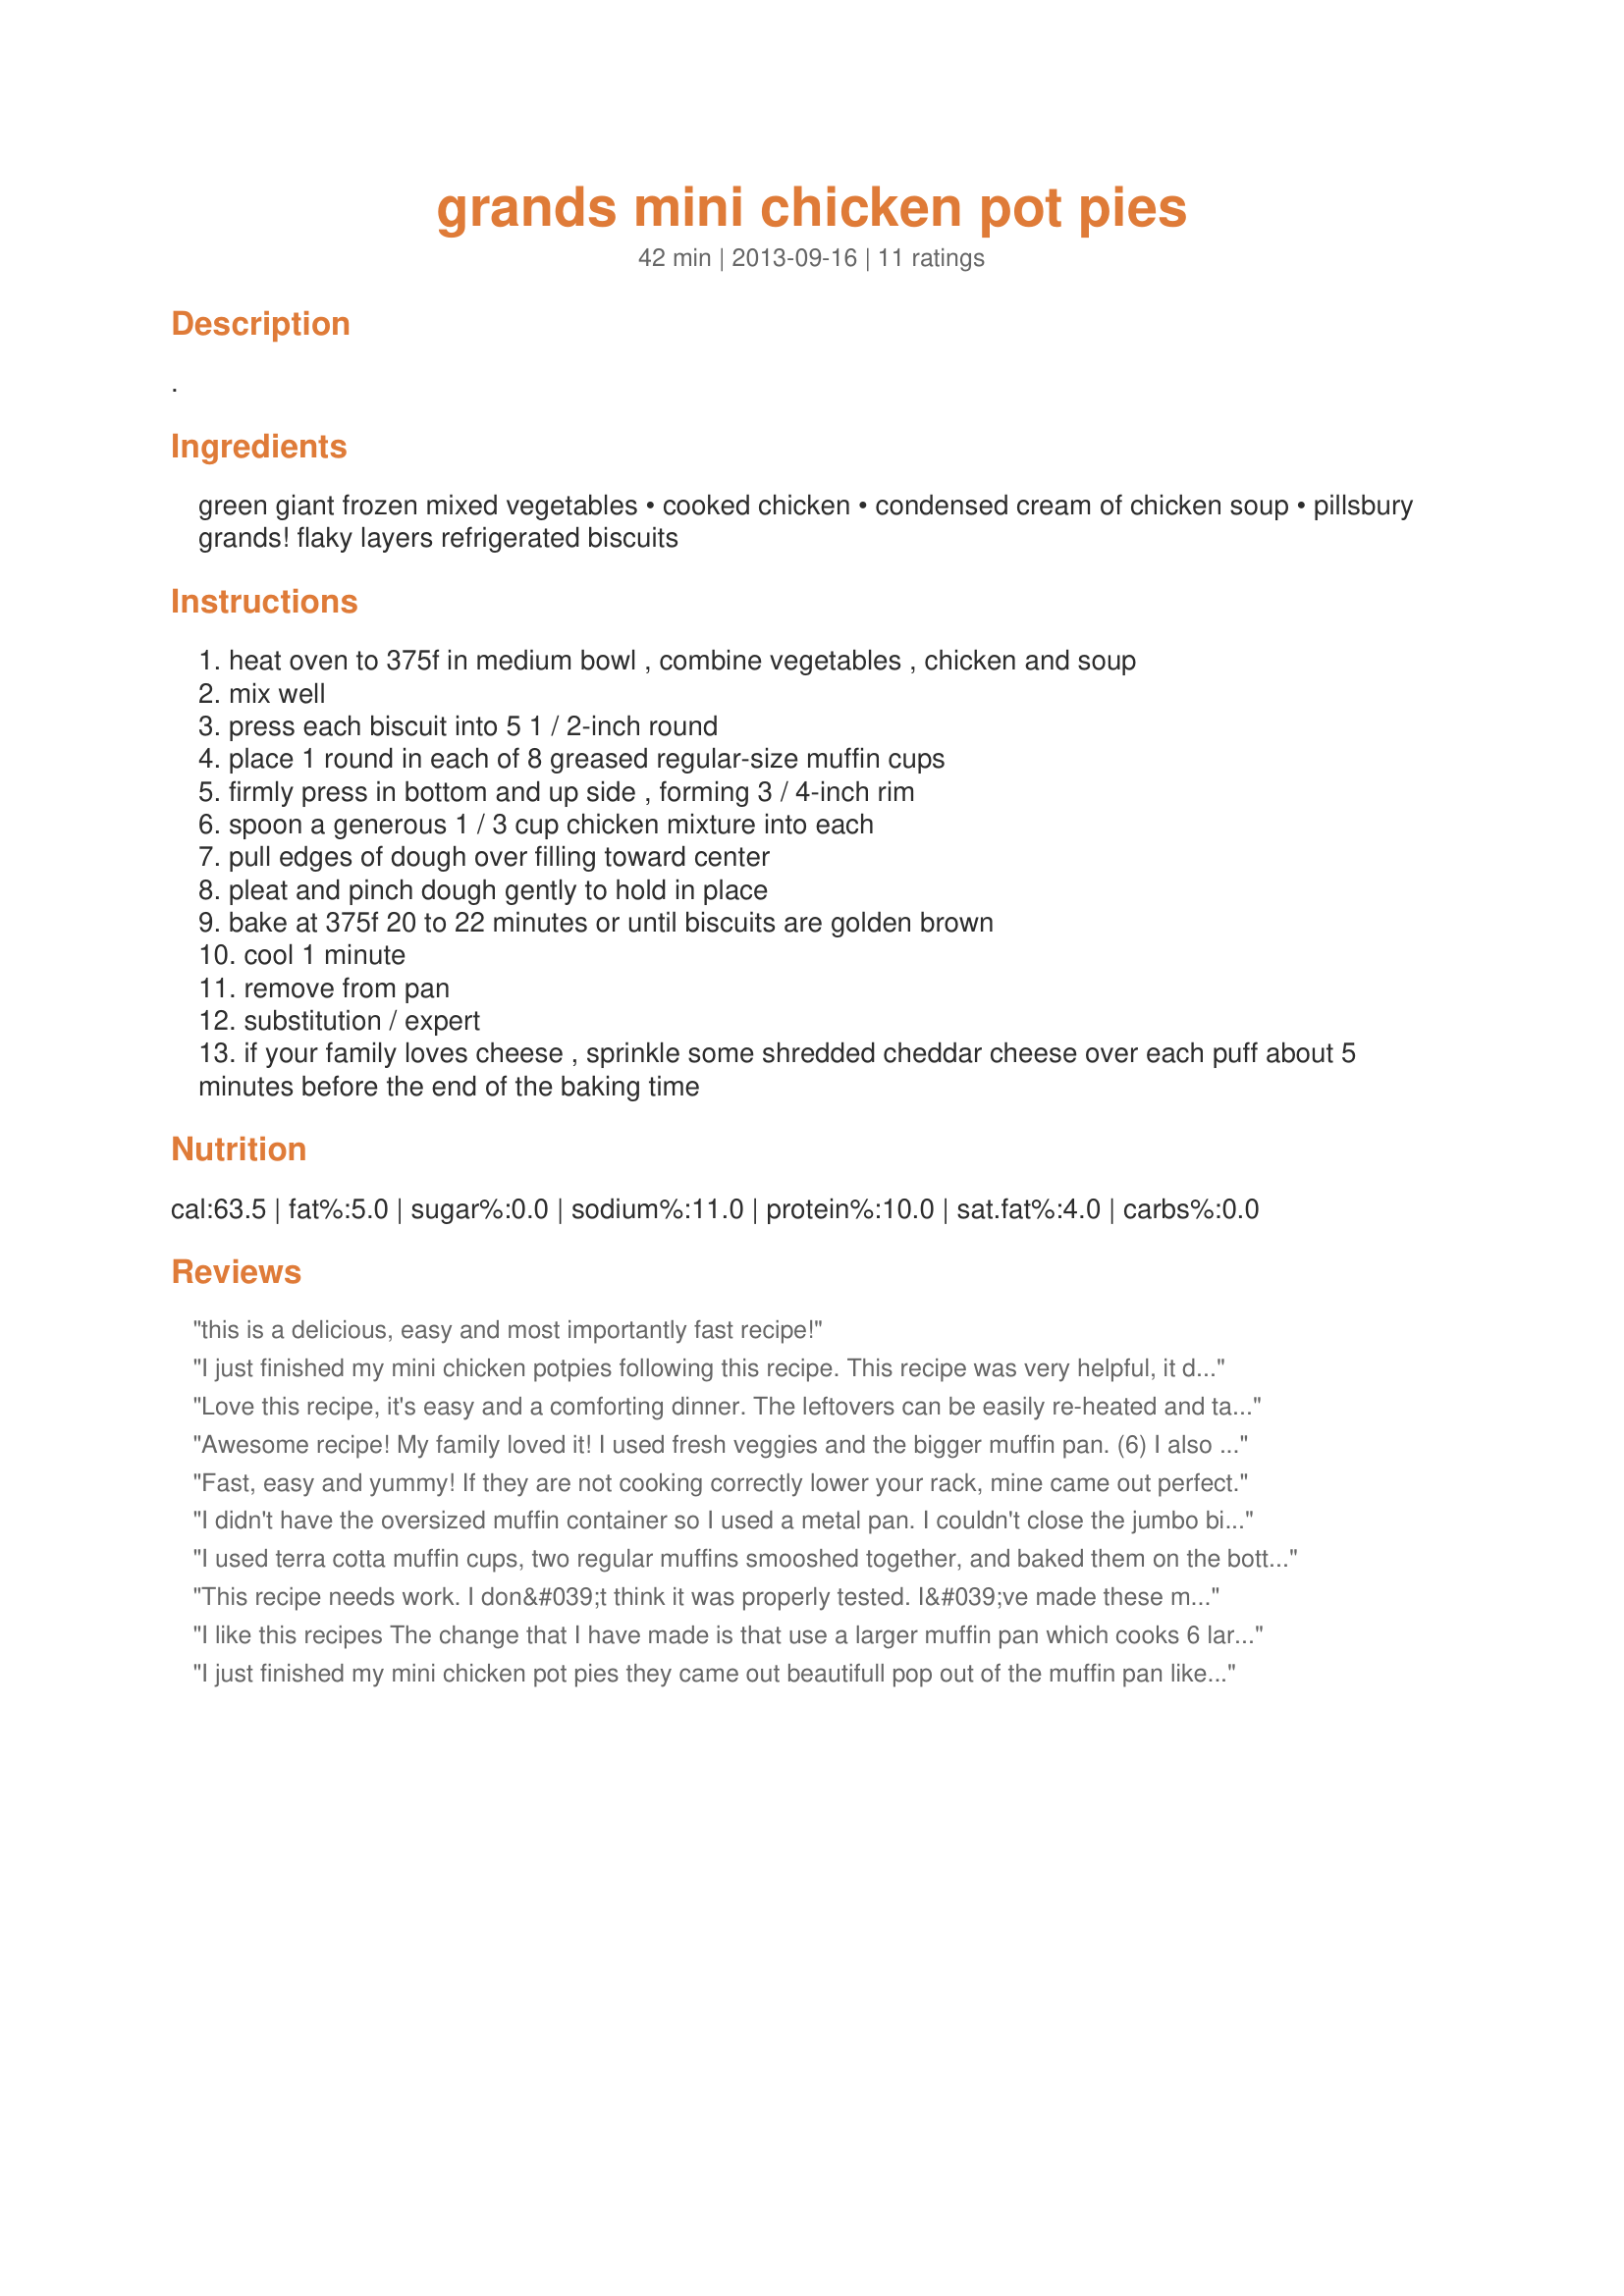
grands mini chicken pot pies
Preparation time: 42 minutes

.

Ingredients:
green giant frozen mixed vegetables, cooked chicken, condensed cream of chicken soup, pillsbury grands! flaky layers refrigerated biscuits

Steps:
heat oven to 375f in medium bowl , combine vegetables , chicken and soup
mix well
press each biscuit into 5 1 / 2-inch round
place 1 round in each of 8 greased regular-size muffin cups
firmly press in bottom and up side , forming 3 / 4-inch rim
spoon a generous 1 / 3 cup chicken mixture into each
pull edges of dough over filling toward center
pleat and pinch dough gently to hold in place
bake at 375f 20 to 22 minutes or until biscuits are golden brown
cool 1 minute
remove from pan
substitution / expert
if your family loves cheese , sprinkle some shredded cheddar cheese over each puff about 5 minutes before the end of the baking time

Reviews:
this is a delicious, easy and most importantly fast recipe!
I just finished my mini chicken potpies following this recipe. This recipe was very helpful, it does take a little common sense to tweak it when necessary. I wouldn&#039;t recommend it if you&#039;re not somewhat of a seasoned cook, with the ability to make adjustments when you see fit. Overall, I am pleased with the outcome and I will make them again in the future. Thanks for sharing!
Love this recipe, it's easy and a comforting dinner. The leftovers can be easily re-heated and taste just as good.
Awesome recipe! My family loved it! I used fresh veggies and the bigger muffin pan. (6) I also used the two extra biscuits to make an X across the top of each pot pie. Enjoy!
Fast, easy and yummy! If they are not cooking correctly lower your rack, mine came out perfect.
I didn't have the oversized muffin container so I used a metal pan. I couldn't close the jumbo biscuits so had to do a biscuit like a cup with the ingredients added to the cupped biscuit. I had to cook about 10 minutes longer than called for to get the biscuits to get cooked all the way through. I used a can of mixed vegetables instead of thawed out frozen. Good flavor.
I used terra cotta muffin cups, two regular muffins smooshed together, and baked them on the bottom rack as suggested. They really came out great! A little more salt, a bit more herbs and they would have been perfect. I will make them again!
This recipe needs work. I don&#039;t think it was properly tested. I&#039;ve made these mini chicken pot pies several times in the past but this recipe was off. There is too much filling for the 8 biscuits and the grands are too big to cook properly. I ended up using two cans of 8 biscuits and adjusted the baking time to 26 minutes and some were still doughy in the middle. I looked back into my reviews and found that the regular 7.5 ounce cans of biscuits (12 in a pack) work much better.
I like this recipes The change that I have made is that use a larger muffin pan which cooks 6 larger size pies. I add a tablespoon of mrs. Dash seasoning they definitely need seasoning and I do not like salt. You could also use Lawry seasoning salt I use the lower sodium version. I think mrs. Dash tastes great though. You could use whatever seasonings you like I have also saut&eacute;ed some onion and garlic at the beginning and then added the meat and veggies before baking. I have made it using cream of chicken, celery and mushroom it all works. They take about 20-25 minutes in the larger pan I like using this size because they are not dough like and you can fit more filling so no leftovers I cook the extra 2 biscuits in the oven along side the pan hubby likes bread!!
I just finished my mini chicken pot pies they came out beautifull pop out of the muffin pan like muffins . Thanks they&#039;re delisious.
This turned out good, everyone in the family liked the recipe. I precooked the dough for 10 minutes then flattened the dough in the muffin tins with a spoon before filling with the chicken filling. I recommend using canned mixed vegetables versus frozen, the frozen vegetables were too hard not soft.
